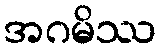
အဂမိဿ